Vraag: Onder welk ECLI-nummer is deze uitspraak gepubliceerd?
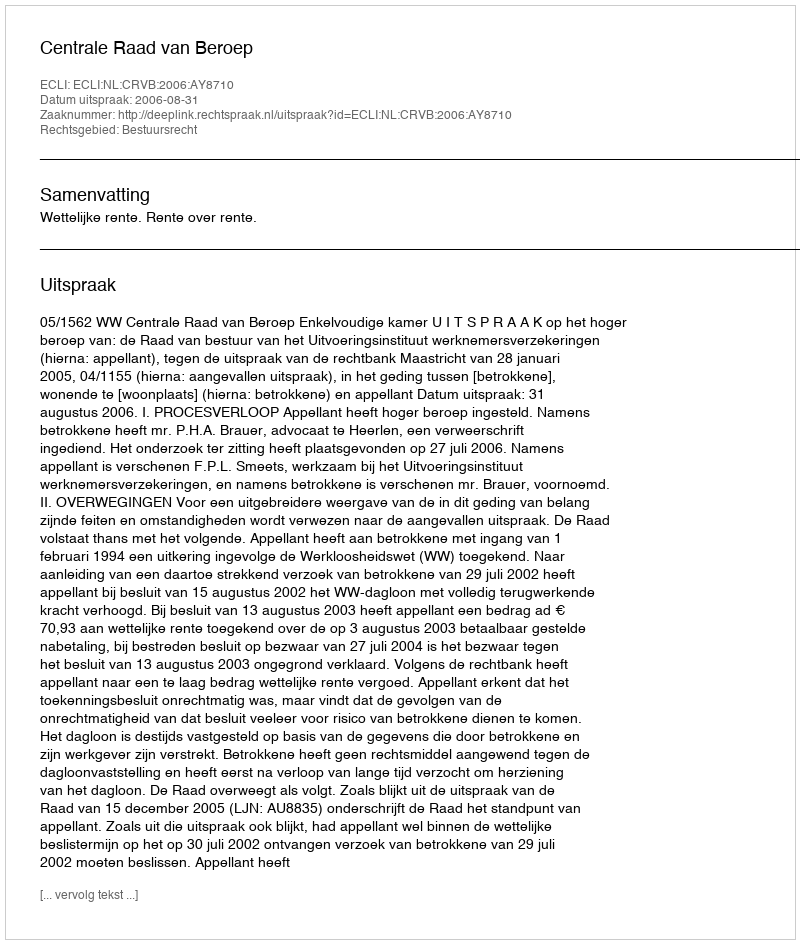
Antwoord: ECLI:NL:CRVB:2006:AY8710